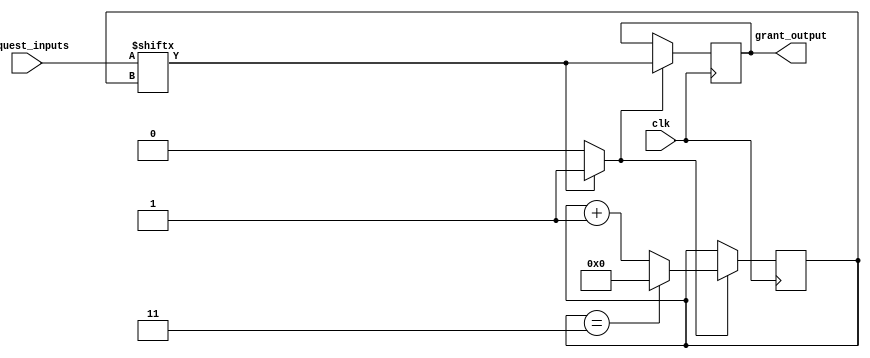
module round_robin_arbiter (
    input wire clk,
    input wire [3:0] request_inputs,
    output reg grant_output
);

reg [3:0] priority;
reg grant_next;

always @(posedge clk) begin
    if (grant_next) begin
        grant_output <= request_inputs[priority];
        priority <= priority + 1;
        if (priority == 3)
            priority <= 0;
    end
end

always @* begin
    grant_next = 0;
    if (request_inputs[priority] == 1'b1)
        grant_next = 1;
end

endmodule